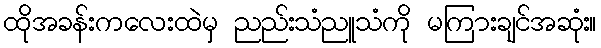
ထိုအခန်းကလေးထဲမှ ညည်းသံညူသံကို မကြားချင်အဆုံး။